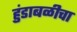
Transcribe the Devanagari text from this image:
हुंडाबळीचा